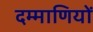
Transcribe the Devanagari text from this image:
दम्माणियों